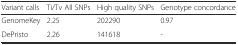
| Variant calls | Ti/Tv All SNPs | High quality SNPs | Genotype concordance |
 | --- | --- | --- | --- |
 | GenomeKey | 2.25 | 202290 | 0.97 |
 | DePristo | 2.26 | 141618 | - |